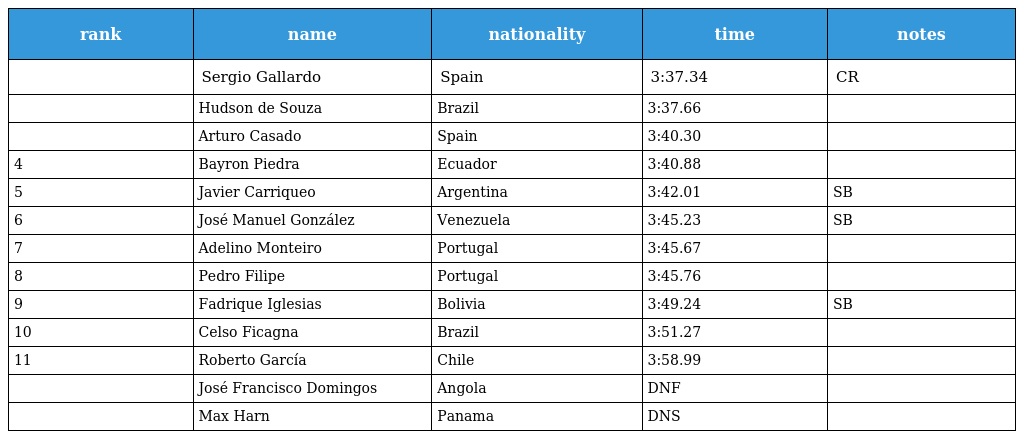
| rank | name | nationality | time | notes |
 | --- | --- | --- | --- | --- |
 |  | Sergio Gallardo | Spain | 3:37.34 | CR |
 |  | Hudson de Souza | Brazil | 3:37.66 |  |
 |  | Arturo Casado | Spain | 3:40.30 |  |
 | 4 | Bayron Piedra | Ecuador | 3:40.88 |  |
 | 5 | Javier Carriqueo | Argentina | 3:42.01 | SB |
 | 6 | José Manuel González | Venezuela | 3:45.23 | SB |
 | 7 | Adelino Monteiro | Portugal | 3:45.67 |  |
 | 8 | Pedro Filipe | Portugal | 3:45.76 |  |
 | 9 | Fadrique Iglesias | Bolivia | 3:49.24 | SB |
 | 10 | Celso Ficagna | Brazil | 3:51.27 |  |
 | 11 | Roberto García | Chile | 3:58.99 |  |
 |  | José Francisco Domingos | Angola | DNF |  |
 |  | Max Harn | Panama | DNS |  |